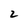
Character: 2